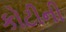
કોટીની